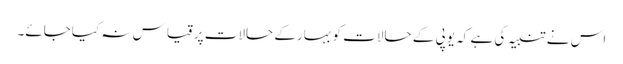
اس نے تنبیہ کی ہے کہ یوپی کے حالات کوبہارکے حالات پرقیاس نہ کیاجائے۔